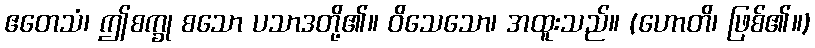
ဧတေသံ၊ ဤစက္ခု စသော ပသာဒတို့၏။ ဝိသေသော၊ အထူးသည်။ (ဟောတိ၊ ဖြစ်၏။)